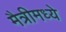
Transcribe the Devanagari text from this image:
मैत्रीमध्ये